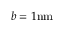
b = 1 \mathrm { { n m } }